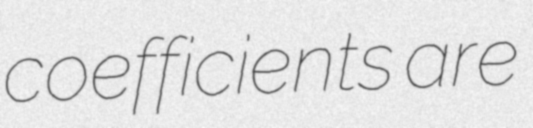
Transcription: coefficients are